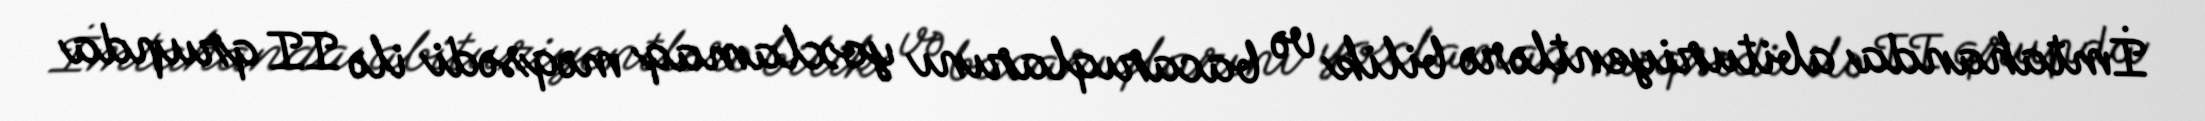
İmtahanda abituriyentlərə bilik və bacarıqlarını yoxlamaq məqsədi ilə II qrupda